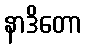
နာဒိတော